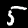
Label: 5